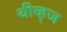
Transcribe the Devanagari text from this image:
थीव्ह्‌ज